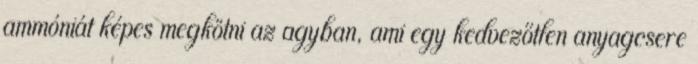
ammóniát képes megkötni az agyban, ami egy kedvezőtlen anyagcsere